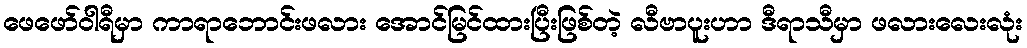
ဖေဖော်ဝါရီမှာ ကာရာဘောင်းဖလား အောင်မြင်ထားပြီးဖြစ်တဲ့ လီဗာပူးဟာ ဒီရာသီမှာ ဖလားလေးလုံး